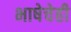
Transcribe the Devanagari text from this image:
भाषेचेही